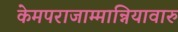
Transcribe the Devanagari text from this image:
केमपराजाम्मान्नियावारु